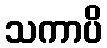
သကာပိ